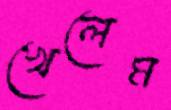
খেলেম